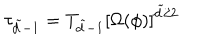
\tau _ { \tilde { d } - 1 } = T _ { \tilde { d } - 1 } \left[ \Omega ( \phi ) \right] ^ { \tilde { d } / 2 }